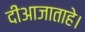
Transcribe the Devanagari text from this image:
दीआजाताहे।